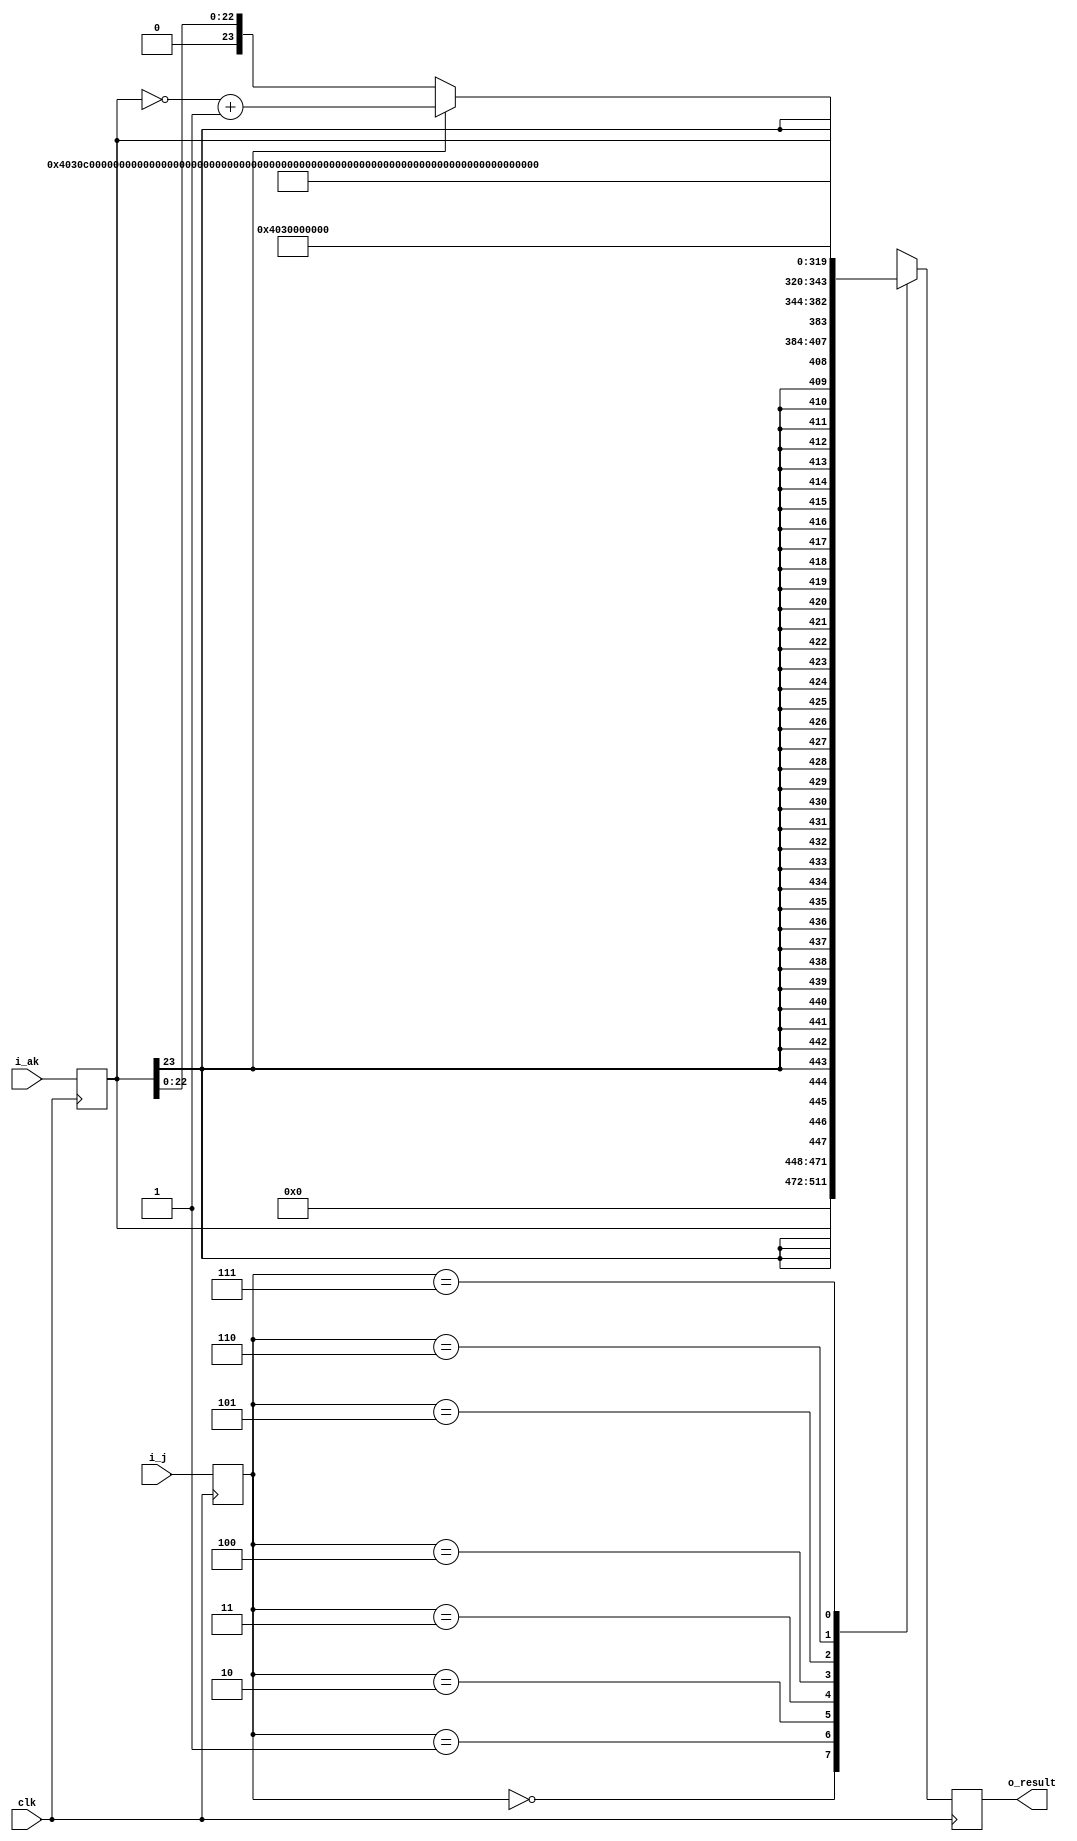
module s_const_gen(clk,i_j,i_ak,o_result);
input wire clk;
input wire [2:0] i_j;
input wire [23:0] i_ak;
output reg [63:0] o_result;

reg [2:0]  cur_j;
reg [23:0] cur_ak;
wire [23:0] twos_compl_ak;
wire [23:0] float_ak;
assign twos_compl_ak = ~cur_ak + 24'b1;

assign float_ak = cur_ak[23] ? twos_compl_ak : cur_ak;

always@(posedge clk)
begin
   cur_j  <= i_j;
	cur_ak <= i_ak;
end
	
always@(posedge clk)
   case(cur_j)
	   3'b000:o_result <= {40'b0,cur_ak};
		3'b001:o_result <= {{40{cur_ak[23]}},cur_ak};
		3'b010:o_result <= {cur_ak[23],15'o40060,24'b0,float_ak};
		3'b011:o_result <= 64'o0400606000000000000000;  //0.75 * 2^48
		3'b100:o_result <= 64'o0400004000000000000000;  //0.5
		3'b101:o_result <= 64'o0400014000000000000000;  //1.0
		3'b110:o_result <= 64'o0400024000000000000000;  //2.0
		3'b111:o_result <= 64'o0400034000000000000000;  //4.0
	endcase


endmodule